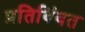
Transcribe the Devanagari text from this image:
प्रतिबिंबत